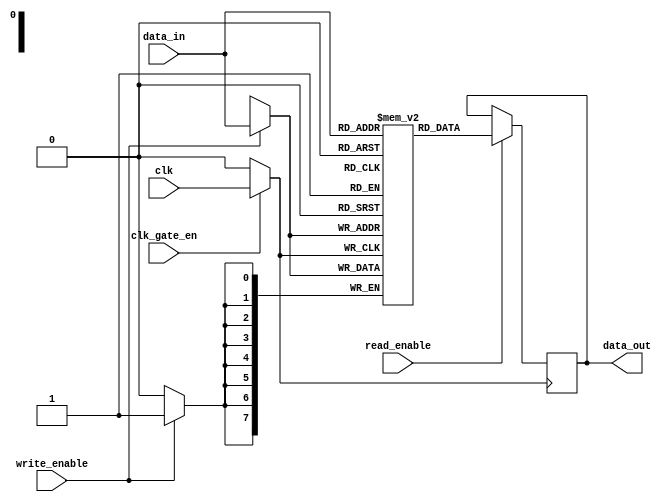
module clock_gated_memory (
    input wire clk,               // Main clock input
    input wire clk_gate_en,       // Clock gating enable signal
    input wire [7:0] data_in,     // Data input
    input wire write_enable,       // Write enable signal
    input wire read_enable,        // Read enable signal
    output reg [7:0] data_out      // Data output
);

    // Memory array
    reg [7:0] memory [0:255];      // 256 x 8-bit memory

    // Internal clock signal for the memory block
    wire gated_clk;

    // Clock gating logic using transmission gates
    assign gated_clk = (clk_gate_en) ? clk : 1'b0; // Gated clock signal

    // Memory operation
    always @(posedge gated_clk) begin
        if (write_enable) begin
            // Write data to memory
            memory[data_in[7:0]] <= data_in; // Assuming data_in is the address
        end
        if (read_enable) begin
            // Read data from memory
            data_out <= memory[data_in[7:0]]; // Assuming data_in is the address
        end
    end

endmodule